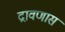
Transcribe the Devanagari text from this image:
द्रावणास